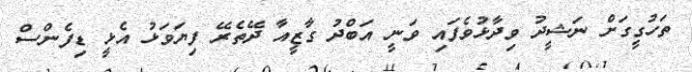
ތަހުގީގަށް ނަޝީދު ވިދާޅުވެފައި ވަނީ އަބްދު ގާޒީއާ ދޭތެރޭ ފިޔަވަޅު އެޅީ ޑިފެންސް